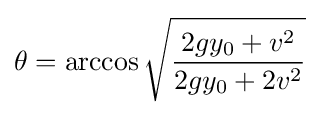
\theta =\arccos {\sqrt {\frac {2gy_{0}+v^{2}}{2gy_{0}+2v^{2}}}}